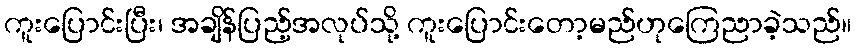
ကူးပြောင်းပြီး၊ အချိန်ပြည့်အလုပ်သို့ ကူးပြောင်းတော့မည်ဟုကြေညာခဲ့သည်။